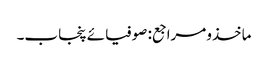
ماخذومراجع: صوفیائے پنجاب۔